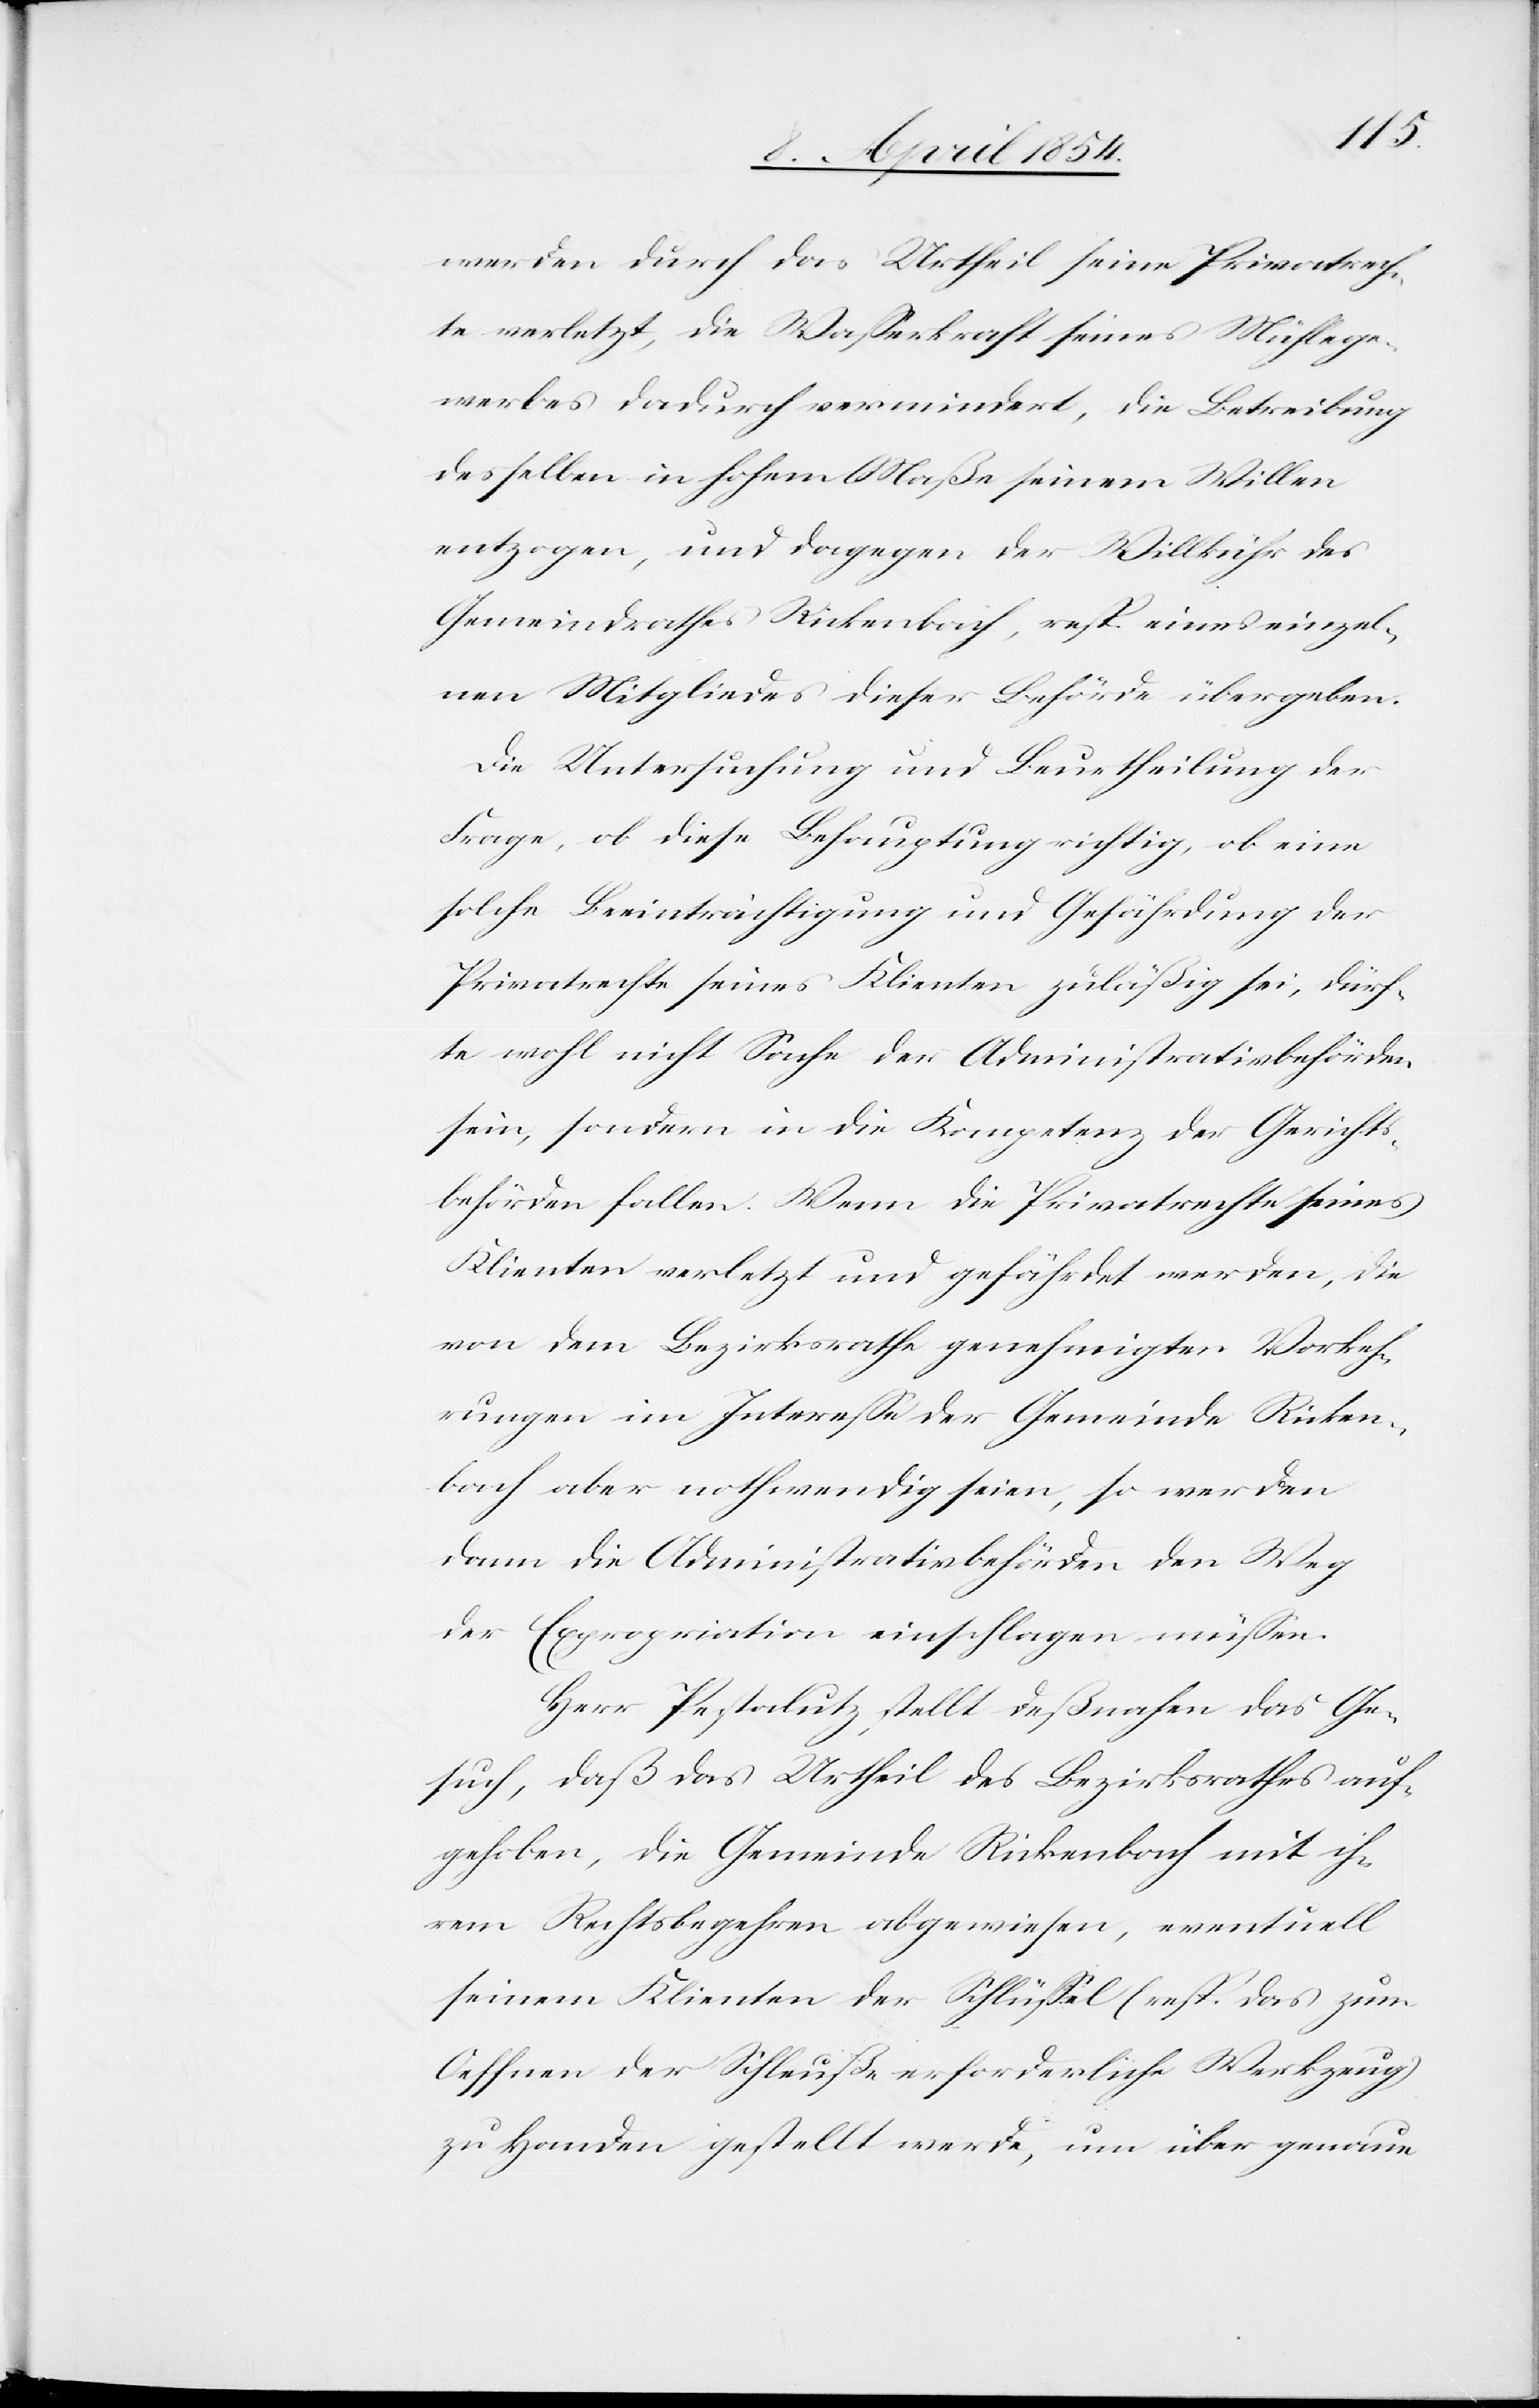
werden durch das Urtheil seine Privatrech¬
te verletzt, die Waßerkraft seines Mühlege¬
werbes dadurch vermindert, die Betreibung
desselben in hohem Maße seinem Willen
entzogen, und dagegen der Willkühr des
Gemeindrathes Rickenbach, resp. eines einzel¬
nen Mitgliedes dieser Behörde übergeben.
Die Untersuchung und Beurtheilung der
Frage, ob diese Behauptung richtig ist, ob eine
solche Beeinträchtigung und Gefährdung der
Privatrechte seines Klienten zuläßig sei, dürf¬
te wohl nicht Sache der Administrativbehörden
sein, sondern in die Kompetenz der Gerichts¬
behörden fallen. Wenn die Privatrechte seines
Klienten verletzt und gefährdet werden, die
von dem Bezirksrathe genehmigten Vorkeh¬
rungen im Intereße der Gemeinde Ricken¬
bach aber nothwendig seien, so werden
dann die Administrativbehörden den Weg
der Expropriation einschlagen müßen.
Herr Pestalutz stellt deßnahen das Ge¬
such, daß das Urtheil des Bezirksrathes auf¬
gehoben, die Gemeinde Rickenbach mit ih¬
rem Rechtsbegehren abgewiesen, eventuell
seinem Klienten der Schlüßel (resp. das zum
Oeffnen der Schleuße erforderliche Werkzeug)
zu Handen gestellt werde, um über genaue